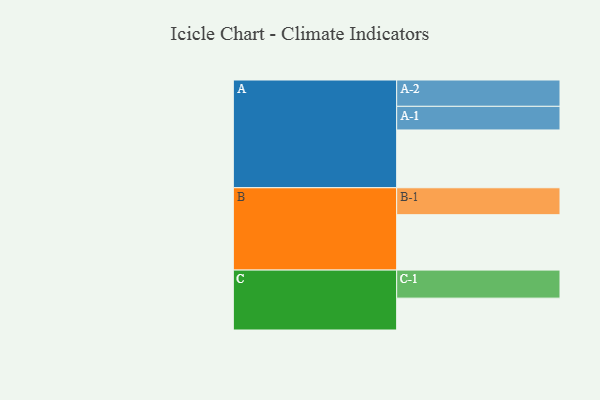
{"axis": {"x": "Segment", "y": "Value"}, "legend": ["", "A", "B", "C"], "data": [{"x": "A", "y": 575, "type": ""}, {"x": "B", "y": 551, "type": ""}, {"x": "C", "y": 317, "type": ""}, {"x": "A-1", "y": 235, "type": "A"}, {"x": "A-2", "y": 262, "type": "A"}, {"x": "B-1", "y": 268, "type": "B"}, {"x": "C-1", "y": 279, "type": "C"}]}